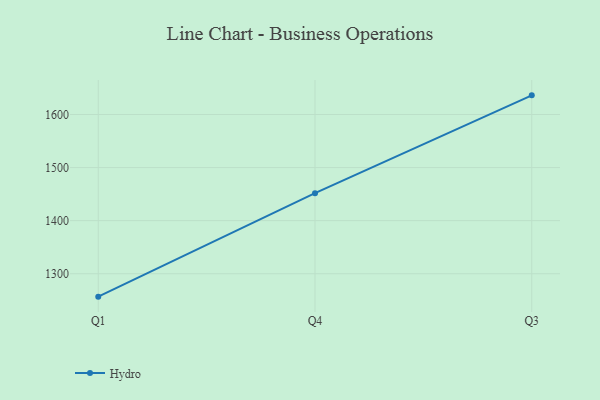
{"axis": {"x": "Quarter", "y": "Energy Usage (MWh)"}, "legend": ["Hydro"], "data": [{"x": "Q1", "y": 1256.8, "type": "Hydro"}, {"x": "Q4", "y": 1451.7, "type": "Hydro"}, {"x": "Q3", "y": 1636.1, "type": "Hydro"}]}